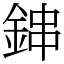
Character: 鋛